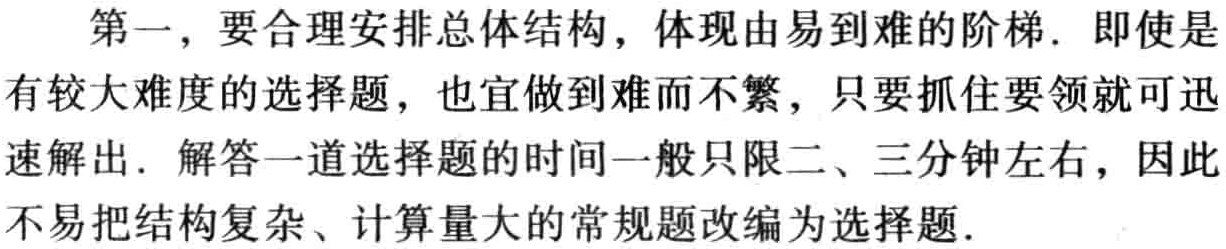
第一，要合理安排总体结构，体现由易到难的阶梯. 即使是有较大难度的选择题，也宜做到难而不繁，只要抓住要领就可迅速解出. 解答一道选择题的时间一般只限二、三分钟左右，因此不易把结构复杂、计算量大的常规题改编为选择题.